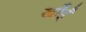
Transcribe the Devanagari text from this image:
खाँईं